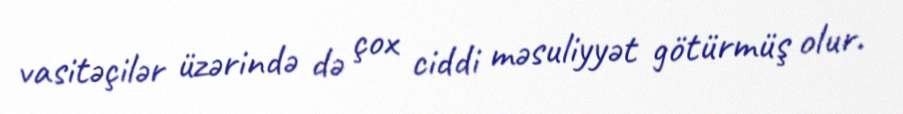
vasitəçilər üzərində də çox ciddi məsuliyyət götürmüş olur.